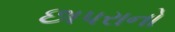
છાપરાનો